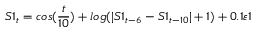
S 1 _ { t } = c o s ( \frac { t } { 1 0 } ) + l o g ( | S 1 _ { t - 6 } - S 1 _ { t - 1 0 } | + 1 ) + 0 . 1 \varepsilon 1